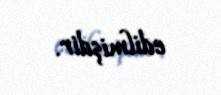
edilmişdir.